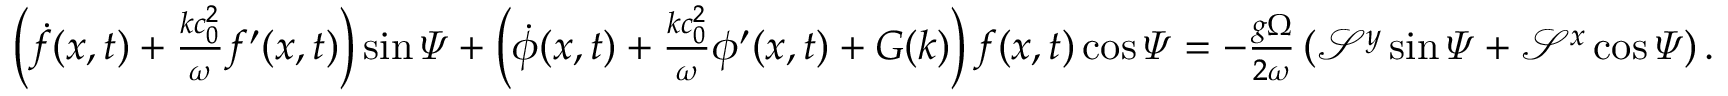
\begin{array} { r } { \left( \dot { f } ( x , t ) + \frac { k c _ { 0 } ^ { 2 } } { \omega } f ^ { \prime } ( x , t ) \right) \sin \varPsi + \left( \dot { \phi } ( x , t ) + \frac { k c _ { 0 } ^ { 2 } } { \omega } \phi ^ { \prime } ( x , t ) + G ( k ) \right) f ( x , t ) \cos \varPsi = - \frac { g \Omega } { 2 \omega } \left( \mathcal { S } ^ { y } \sin \varPsi + \mathcal { S } ^ { x } \cos \varPsi \right) . } \end{array}